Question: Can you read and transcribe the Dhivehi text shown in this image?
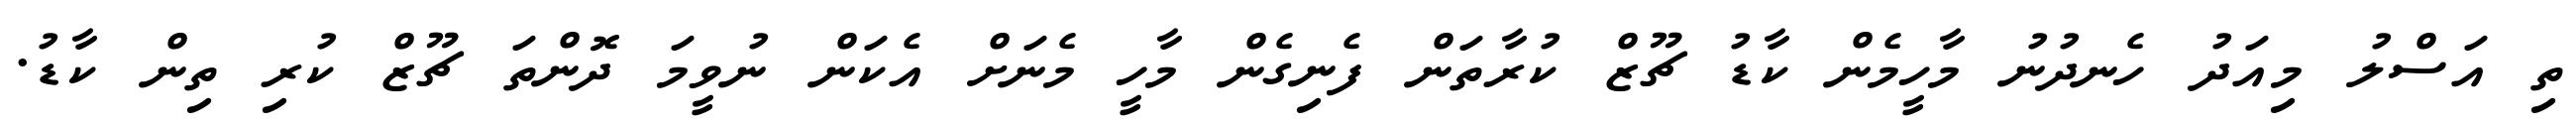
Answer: ތި އަސްލު މިއަދު ހެނދުނު މާހީމެން ކާޑު ޗޫޒް ކުރާތަން ފެނިގެން މާހީ މެނަށް އެކަން ނުވީމަ ދޮންތަ ޗޫޒް ކުރި ތިން ކާޑު.